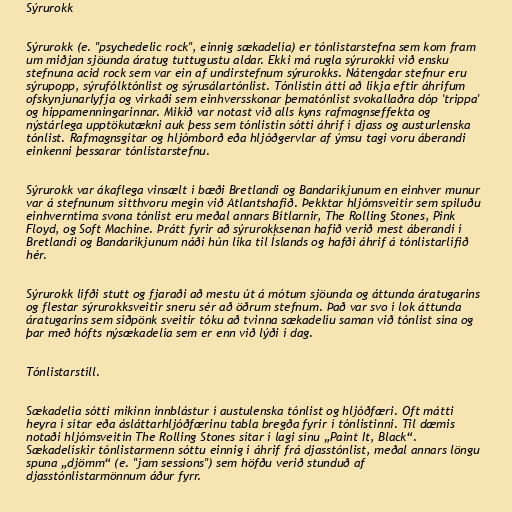
Sýrurokk

Sýrurokk (e. "psychedelic rock", einnig sækadelía) er tónlistarstefna sem kom fram
um miðjan sjöunda áratug tuttugustu aldar. Ekki má rugla sýrurokki við ensku
stefnuna acid rock sem var ein af undirstefnum sýrurokks. Nátengdar stefnur eru
sýrupopp, sýrufólktónlist og sýrusálartónlist. Tónlistin átti að líkja eftir áhrifum
ofskynjunarlyfja og virkaði sem einhversskonar þematónlist svokallaðra dóp 'trippa'
og hippamenningarinnar. Mikið var notast við alls kyns rafmagnseffekta og
nýstárlega upptökutækni auk þess sem tónlistin sótti áhrif í djass og austurlenska
tónlist. Rafmagnsgítar og hljómborð eða hljóðgervlar af ýmsu tagi voru áberandi
einkenni þessarar tónlistarstefnu.

Sýrurokk var ákaflega vinsælt í bæði Bretlandi og Bandaríkjunum en einhver munur
var á stefnunum sitthvoru megin við Atlantshafið. Þekktar hljómsveitir sem spiluðu
einhverntíma svona tónlist eru meðal annars Bítlarnir, The Rolling Stones, Pink
Floyd, og Soft Machine. Þrátt fyrir að sýrurokksenan hafið verið mest áberandi í
Bretlandi og Bandaríkjunum náði hún líka til Íslands og hafði áhrif á tónlistarlífið
hér.

Sýrurokk lifði stutt og fjaraði að mestu út á mótum sjöunda og áttunda áratugarins
og flestar sýrurokksveitir sneru sér að öðrum stefnum. Það var svo í lok áttunda
áratugarins sem síðpönk sveitir tóku að tvinna sækadelíu saman við tónlist sína og
þar með hófts nýsækadelía sem er enn við lýði í dag.

Tónlistarstíll.

Sækadelía sótti mikinn innblástur í austulenska tónlist og hljóðfæri. Oft mátti
heyra í sítar eða ásláttarhljóðfærinu tabla bregða fyrir í tónlistinni. Til dæmis
notaði hljómsveitin The Rolling Stones sítar í lagi sínu „Paint It, Black“.
Sækadelískir tónlistarmenn sóttu einnig í áhrif frá djasstónlist, meðal annars löngu
spuna „djömm“ (e. "jam sessions") sem höfðu verið stunduð af
djasstónlistarmönnum áður fyrr.